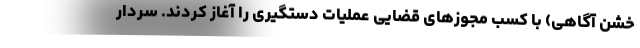
خشن آگاهی) با کسب مجوز‌های قضایی عملیات دستگیری را آغاز کردند. سردار